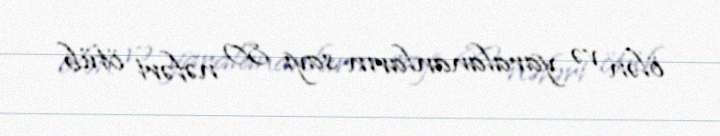
ölən və yaralananların sayı 80 nəfəri ötüb.